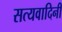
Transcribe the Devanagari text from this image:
सत्यवादिनी